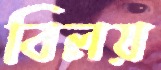
বিলয়